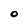
Character: 0